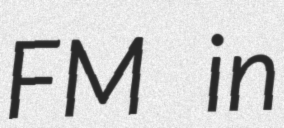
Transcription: FM in